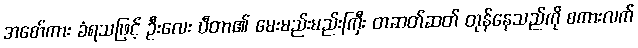
အစော်ကား ခံရသဖြင့် ဦးလေး ပီတာ၏ မေးမည်းမည်းကြီး တဆတ်ဆတ် တုန်နေသည်ကို စကားလက်